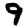
Digit: 9